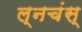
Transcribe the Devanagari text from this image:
ल्नचंस्